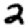
Digit: 2